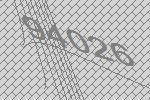
94026